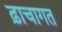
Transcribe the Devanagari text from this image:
ढ़ाचागत